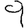
Digit: 9